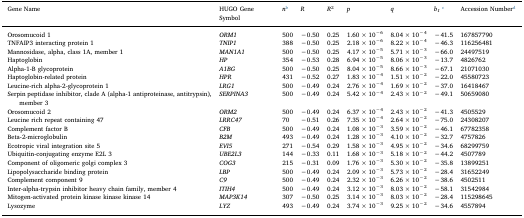
<table><thead><tr><td><b>Gene Name</b></td><td><b>HUGO Gene Symbol</b></td><td><b><i>n</i>b</b></td><td><b><i>R</i></b></td><td><b><i>R</i><sup>2</sup></b></td><td><b><i>p</i></b></td><td><b><i>q</i></b></td><td><b><i>b</i><sub><i>1</i></sub>c</b></td><td><b>Accession Numberd</b></td></tr></thead><tbody><tr><td>Orosomucoid 1</td><td><i>ORM1</i></td><td>500</td><td>−0.50</td><td>0.25</td><td>1.60 × 10<sup>−6</sup></td><td>8.04 × 10<sup>−4</sup></td><td>−41.5</td><td>167857790</td></tr><tr><td>TNFAIP3 interacting protein 1</td><td><i>TNIP1</i></td><td>388</td><td>−0.50</td><td>0.25</td><td>2.18 × 10<sup>−6</sup></td><td>8.22 × 10<sup>−4</sup></td><td>−46.3</td><td>116256481</td></tr><tr><td>Mannosidase, alpha, class 1A, member 1</td><td><i>MAN1A1</i></td><td>500</td><td>−0.50</td><td>0.25</td><td>4.17 × 10<sup>−5</sup></td><td>5.71 × 10<sup>−3</sup></td><td>−66.0</td><td>24497519</td></tr><tr><td>Haptoglobin</td><td><i>HP</i></td><td>354</td><td>−0.53</td><td>0.28</td><td>6.94 × 10<sup>−5</sup></td><td>8.06 × 10<sup>−3</sup></td><td>−13.7</td><td>4826762</td></tr><tr><td>Alpha-1-B glycoprotein</td><td><i>A1BG</i></td><td>500</td><td>−0.50</td><td>0.25</td><td>8.04 × 10<sup>−5</sup></td><td>8.66 × 10<sup>−3</sup></td><td>−67.1</td><td>21071030</td></tr><tr><td>Haptoglobin-related protein</td><td><i>HPR</i></td><td>431</td><td>−0.52</td><td>0.27</td><td>1.83 × 10<sup>−4</sup></td><td>1.51 × 10<sup>−2</sup></td><td>−22.0</td><td>45580723</td></tr><tr><td>Leucine-rich alpha-2-glycoprotein 1</td><td><i>LRG1</i></td><td>500</td><td>−0.49</td><td>0.24</td><td>2.76 × 10<sup>−4</sup></td><td>1.69 × 10<sup>−2</sup></td><td>−37.0</td><td>16418467</td></tr><tr><td>Serpin peptidase inhibitor, clade A (alpha-1 antiproteinase, antitrypsin), member 3</td><td><i>SERPINA3</i></td><td>500</td><td>−0.49</td><td>0.24</td><td>5.42 × 10<sup>−4</sup></td><td>2.43 × 10<sup>−2</sup></td><td>−49.1</td><td>50659080</td></tr><tr><td>Orosomucoid 2</td><td><i>ORM2</i></td><td>500</td><td>−0.49</td><td>0.24</td><td>6.37 × 10<sup>−4</sup></td><td>2.43 × 10<sup>−2</sup></td><td>−41.3</td><td>4505529</td></tr><tr><td>Leucine rich repeat containing 47</td><td><i>LRRC47</i></td><td>70</td><td>−0.51</td><td>0.26</td><td>7.35 × 10<sup>−4</sup></td><td>2.64 × 10<sup>−2</sup></td><td>−75.0</td><td>24308207</td></tr><tr><td>Complement factor B</td><td><i>CFB</i></td><td>500</td><td>−0.49</td><td>0.24</td><td>1.08 × 10<sup>−3</sup></td><td>3.59 × 10<sup>−2</sup></td><td>−46.1</td><td>67782358</td></tr><tr><td>Beta-2-microglobulin</td><td><i>B2M</i></td><td>493</td><td>−0.49</td><td>0.24</td><td>1.28 × 10<sup>−3</sup></td><td>4.10 × 10<sup>−2</sup></td><td>−32.7</td><td>4757826</td></tr><tr><td>Ecotropic viral integration site 5</td><td><i>EVI5</i></td><td>271</td><td>−0.54</td><td>0.29</td><td>1.58 × 10<sup>−3</sup></td><td>4.95 × 10<sup>−2</sup></td><td>−34.6</td><td>68299759</td></tr><tr><td>Ubiquitin-conjugating enzyme E2L 3</td><td><i>UBE2L3</i></td><td>144</td><td>−0.33</td><td>0.11</td><td>1.68 × 10<sup>−3</sup></td><td>5.18 × 10<sup>−2</sup></td><td>−44.2</td><td>4507789</td></tr><tr><td>Component of oligomeric golgi complex 3</td><td><i>COG3</i></td><td>215</td><td>−0.31</td><td>0.09</td><td>1.76 × 10<sup>−3</sup></td><td>5.30 × 10<sup>−2</sup></td><td>−35.8</td><td>13899251</td></tr><tr><td>Lipopolysaccharide binding protein</td><td><i>LBP</i></td><td>500</td><td>−0.49</td><td>0.24</td><td>2.09 × 10<sup>−3</sup></td><td>5.73 × 10<sup>−2</sup></td><td>−28.4</td><td>31652249</td></tr><tr><td>Complement component 9</td><td><i>C9</i></td><td>500</td><td>−0.49</td><td>0.24</td><td>2.32 × 10<sup>−3</sup></td><td>6.26 × 10<sup>−2</sup></td><td>−38.6</td><td>4502511</td></tr><tr><td>Inter-alpha-trypsin inhibitor heavy chain family, member 4</td><td><i>ITIH4</i></td><td>500</td><td>−0.49</td><td>0.24</td><td>3.12 × 10<sup>−3</sup></td><td>8.03 × 10<sup>−2</sup></td><td>−58.1</td><td>31542984</td></tr><tr><td>Mitogen-activated protein kinase kinase kinase 14</td><td><i>MAP3K14</i></td><td>307</td><td>−0.50</td><td>0.25</td><td>3.14 × 10<sup>−3</sup></td><td>8.03 × 10<sup>−2</sup></td><td>−28.4</td><td>115298645</td></tr><tr><td>Lysozyme</td><td><i>LYZ</i></td><td>493</td><td>−0.49</td><td>0.24</td><td>3.74 × 10<sup>−3</sup></td><td>9.25 × 10<sup>−2</sup></td><td>−34.6</td><td>4557894</td></tr></tbody></table>